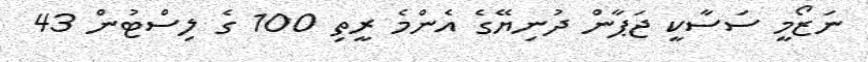
ނަޒޯމީ ސަސާކީ ޖަޕާން ދުނިޔޭގެ އެންމެ ރީތި 100 ގެ ލިސްޓުން 43